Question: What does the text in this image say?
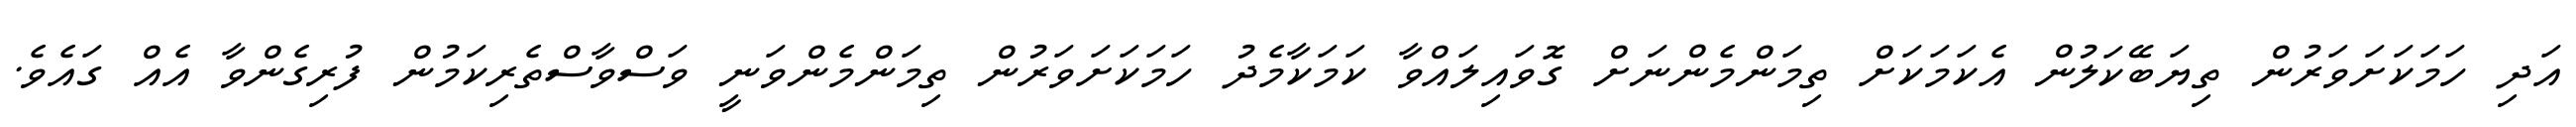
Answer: އަދި ހަމަކަށަވަރުން ތިޔަބޭކަލުން އެކަމަކަށް ތިމަންމެންނަށް ގޮވައިލައްވާ ކަމަކާމެދު ހަމަކަށަވަރުން ތިމަންމެންވަނީ ވަސްވާސްތެރިކަމުން ފުރިގެންވާ އެއް ގައެވެ.